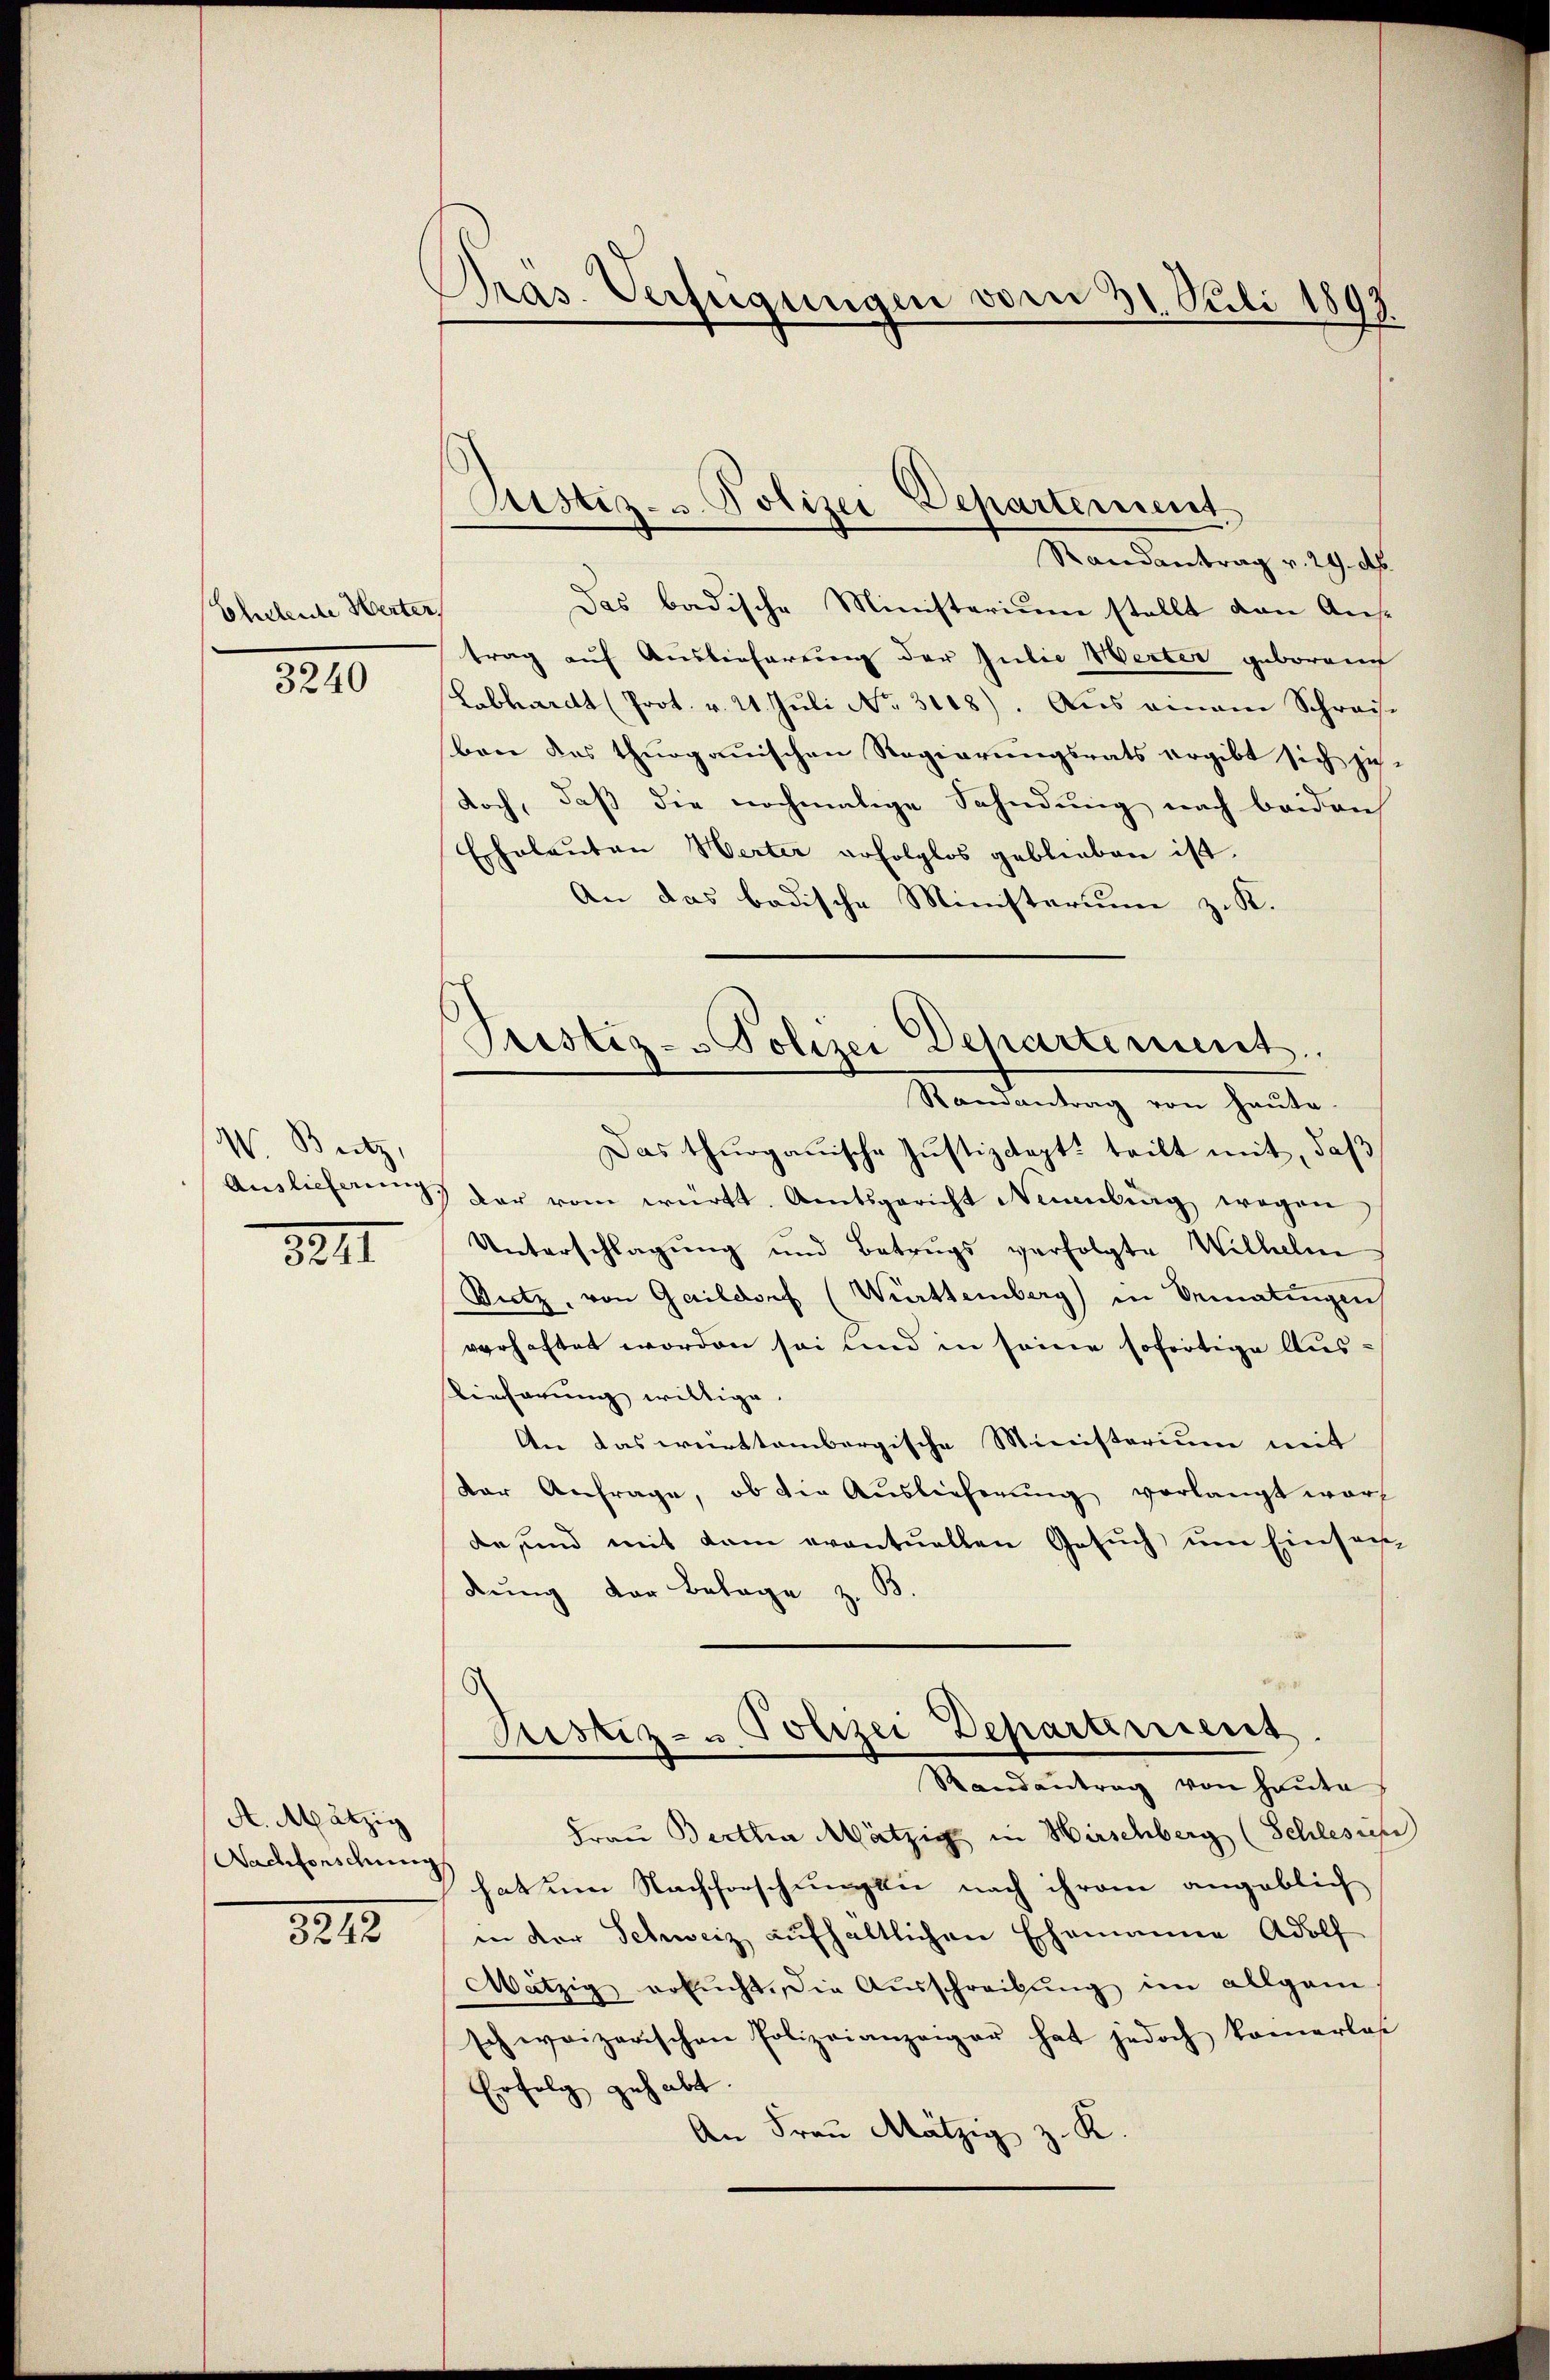
Ehetente Herter.

3240

W. Britz,

3211

A.Mätzig
Nachforschung

8212

Pras. Verfügungen vom 31. Juli 1893.

Justiz- u. Polizei
Departement

Randantrag v. 29. Ab
Das badische Ministerium stellt von Austrag auf Auslieferung der Julie Werter geboren
Labhardt (Prot. v. 21. Juli No. 3108). Aus einem Schreise
ben das thurgauischen Regierungsrats ergibt sich zu-
doch, daß die nochmalige Sahndung nach beiden
Echalauten Werter erfolglos geblieben ist.
An das badische Ministerium zu K.
Randantrag von heute.
Das thurgauische Justizdept, teilt mit, daß
Auslieferŭng der vom württ. Amtsgericht Neuenburg wegen
Unterschlagung und Betrugs verfolgte Wilhelm
Sutz, von Gaildorf (Württemberg) in Bematingen
verhaftet worden sei und in seine sofortige Aus¬
Eieferung willige.
An das württembergische Ministerium mit
Vor Anfrage, ob die Auslieferung vorlangt wor
de und mit dem eventuellen Gesuch um Einsachdung der Belage z. B.
Justiz- & Polizei Deparament.
Randantrag von heŭte
Frau Bertha Mätzig in Hirschberg (Schlesun
hat um Nachforschungen nach ihrem angeblich
in der Schweiz aufhaltlichen Ehemanne Adolf
Mätzig ersŭcht. Die Aŭsschreibŭng im allgem
schweizerischen Polizeianzeiger hat jedoch kamerlas
Erfolg gehabt.
An Frau Mätzig z. K

Justiz- & Polizei Departement.